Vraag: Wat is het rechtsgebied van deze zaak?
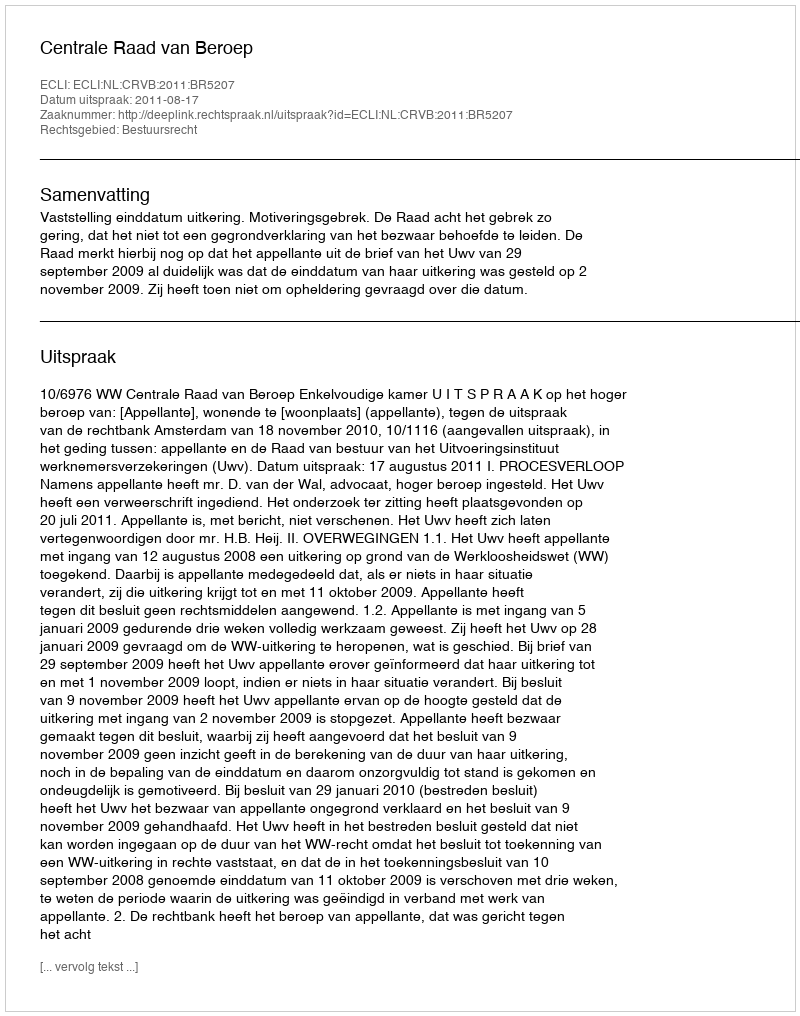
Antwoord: Bestuursrecht